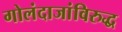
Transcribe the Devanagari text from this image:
गोलंदाजांविरुद्ध